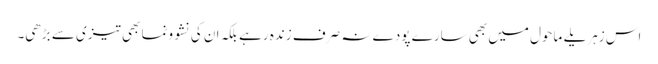
اس زہریلے ماحول میں بھی سارے پودے نہ صرف زندہ رہے بلکہ ان کی نشوونما بھی تیزی سے بڑھی۔